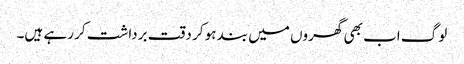
لوگ اب بھی گھروں میں بند ہو کر دقت برداشت کر رہے ہیں۔